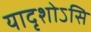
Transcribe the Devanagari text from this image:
यादृशोऽसि